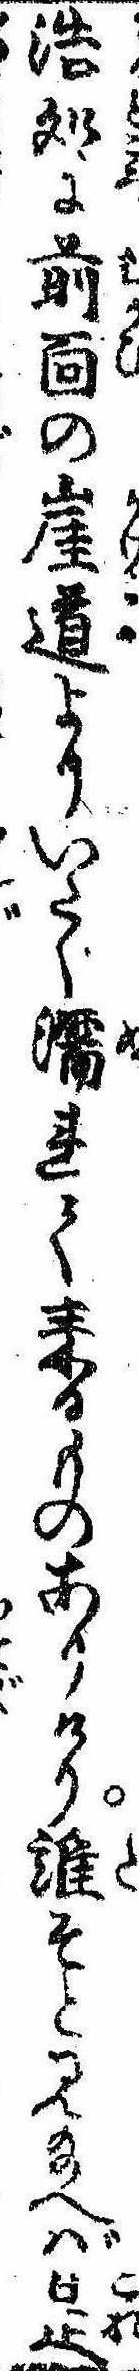
浩処に前面の崖道よりいたく濡れて来るものありけり誰そと見給へば是